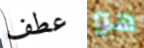
عطف هو